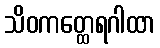
သိဝကတ္ထေရဂါထာ